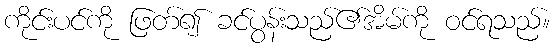
ကိုင်းပင်ကို ဖြတ်၍ ခင်ပွန်းသည်၏အိမ်ကို ဝင်ရသည်။